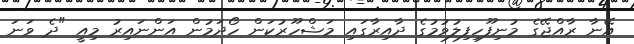
އޭނާ ރާއްޖޭގެ މުނިފޫހިފިލުވުމުގެ ދާއިރާގައި މަޝްހޫރުކަން ހޯދަމުން އަންނައިރު މިއީ "ދެ ވަނަ